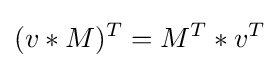
(v*M)^{T}=M^{T}*v^{T}